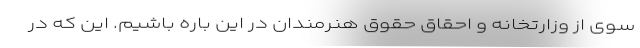
سوی از وزارتخانه و احقاق حقوق هنرمندان در این باره باشیم. این که در